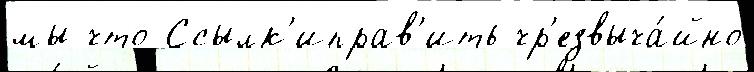
мы что Ссылк'иправ'ить чр'езвыча́йно